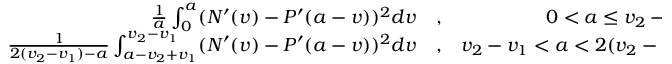
\begin{array} { r l r } { \frac { 1 } { a } \int _ { 0 } ^ { a } ( N ^ { \prime } ( v ) - P ^ { \prime } ( a - v ) ) ^ { 2 } d v } & { { } , } & { 0 < a \leq v _ { 2 } - v _ { 1 } , } \\ { \frac { 1 } { 2 ( v _ { 2 } - v _ { 1 } ) - a } \int _ { a - v _ { 2 } + v _ { 1 } } ^ { v _ { 2 } - v _ { 1 } } ( N ^ { \prime } ( v ) - P ^ { \prime } ( a - v ) ) ^ { 2 } d v } & { { } , } & { v _ { 2 } - v _ { 1 } < a < 2 ( v _ { 2 } - v _ { 1 } ) . } \end{array}